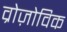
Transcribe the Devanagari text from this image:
व्रोज़ोविक